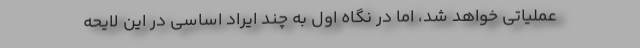
عملیاتی خواهد شد، اما در نگاه اول به چند ایراد اساسی در این لایحه